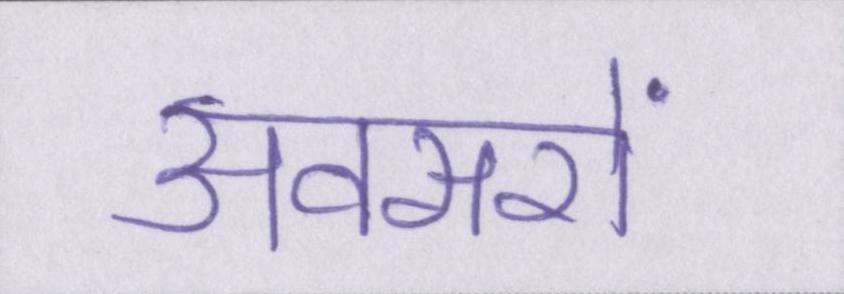
अवसरों